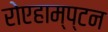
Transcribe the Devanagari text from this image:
रोएहाम्प्टन